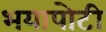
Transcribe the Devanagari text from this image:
भयापोटी